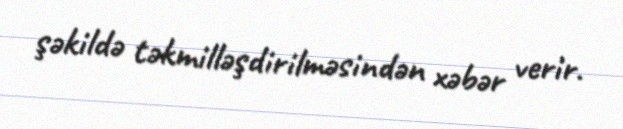
şəkildə təkmilləşdirilməsindən xəbər verir.